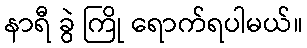
နာရီ ခွဲ ကြို ရောက်ရပါမယ်။